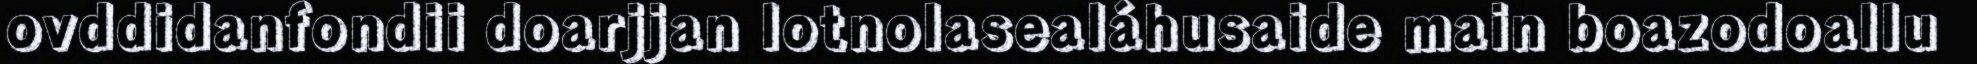
ovddidanfondii doarjjan lotnolasealáhusaide main boazodoallu